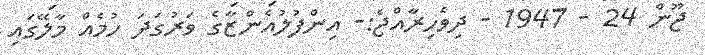
ޖޫން 24 - 1947 - ދިވެހިރާއްޖެ:- އިންފުލުއެންޒާގެ ވަރުގަދަ ހުމެއް މާލޭގައި